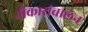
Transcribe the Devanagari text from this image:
नौकासंचालन